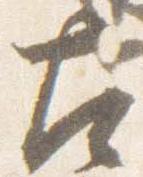
左